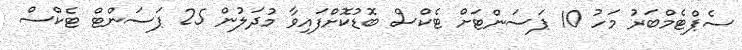
ސެޕްޓެމްބަރު މަހު 10 ޕަސަންޓަށް ޓެކްސް ބޮޑުކޮށްފައިވާ މުދަލުން 25 ޕަސަންޓް ޓެކްސް